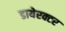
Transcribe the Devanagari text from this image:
डायेरक्टर